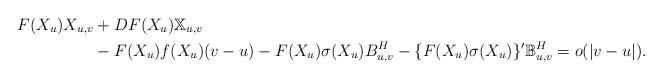
LaTeX: \begin{align*}F(X_u)X_{u,v} & + DF(X_u)\mathbb{X}_{u,v} \\& - F(X_u)f(X_u)(v-u) - F(X_u)\sigma(X_u)B_{u,v}^H - \{F(X_u)\sigma(X_u)\}'\mathbb{B}^H_{u,v} = o(|v-u|).\end{align*}